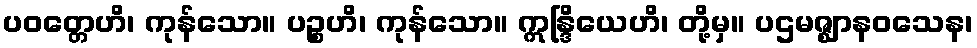
ပဝတ္တေဟိ၊ ကုန်သော။ ပဉ္စဟိ၊ ကုန်သော။ ဣန္ဒြိယေဟိ၊ တို့မှ။ ပဌမဇ္ဈာနဝသေန၊